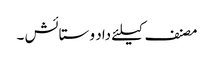
مصنف کیلئے داد و ستائش ۔